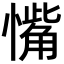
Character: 𪬰